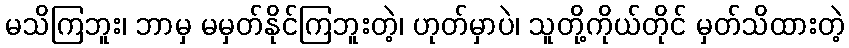
မသိကြဘူး၊ ဘာမှ မမှတ်နိုင်ကြဘူးတဲ့၊ ဟုတ်မှာပဲ၊ သူတို့ကိုယ်တိုင် မှတ်သိထားတဲ့